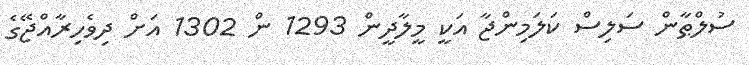
ސުލްޠާން ސަލިސް ކަލަމިންޖާ އަކީ މީލާދީން 1293 ން 1302 އަށް ދިވެހިރާއްޖޭގެ